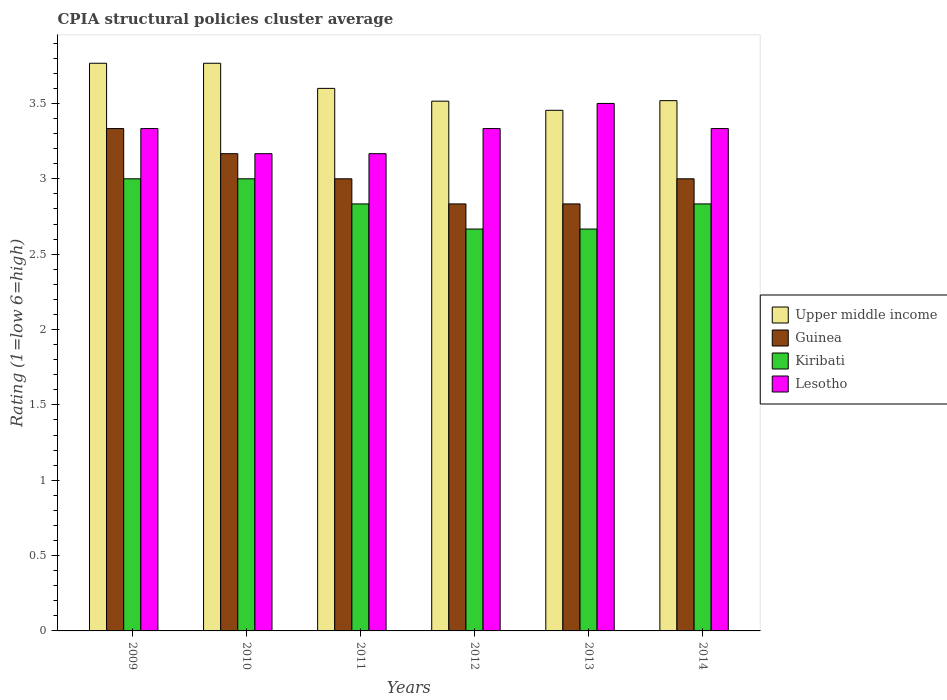
| Years | Upper middle income | Guinea | Kiribati | Lesotho |
 | --- | --- | --- | --- | --- |
 | 2009 | 3.77 | 3.33 | 3 | 3.33 |
 | 2010 | 3.77 | 3.17 | 3 | 3.17 |
 | 2011 | 3.6 | 3 | 2.83 | 3.17 |
 | 2012 | 3.52 | 2.83 | 2.67 | 3.33 |
 | 2013 | 3.45 | 2.83 | 2.67 | 3.5 |
 | 2014 | 3.52 | 3 | 2.83 | 3.33 |